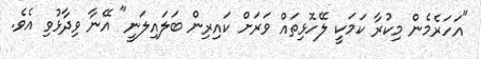
"އަހަރެމެން މިކުރާ ކަމަކީ ލޭހޮޅިތައް ވަރަށް ކައިރިން ބަލައިލަނީ" އޭނާ ވިދާޅުވި އެވެ.